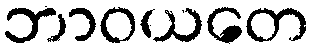
ဘာဝယတေ